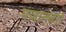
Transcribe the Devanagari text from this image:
पजानवरों